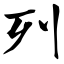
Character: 列